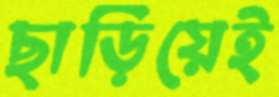
ছাড়িয়েই